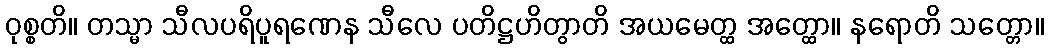
ဝုစ္စတိ။ တသ္မာ သီလပရိပူရဏေန သီလေ ပတိဋ္ဌဟိတွာတိ အယမေတ္ထ အတ္ထော။ နရောတိ သတ္တော။